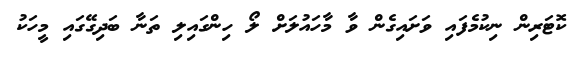
ކޮޓަރިން ނިކުމެފައި ވަށައިގެން ވާ މާހައުލަށް ލޯ ހިންގައިލި ތަނާ ބަދިގޭގައި މީހަކު